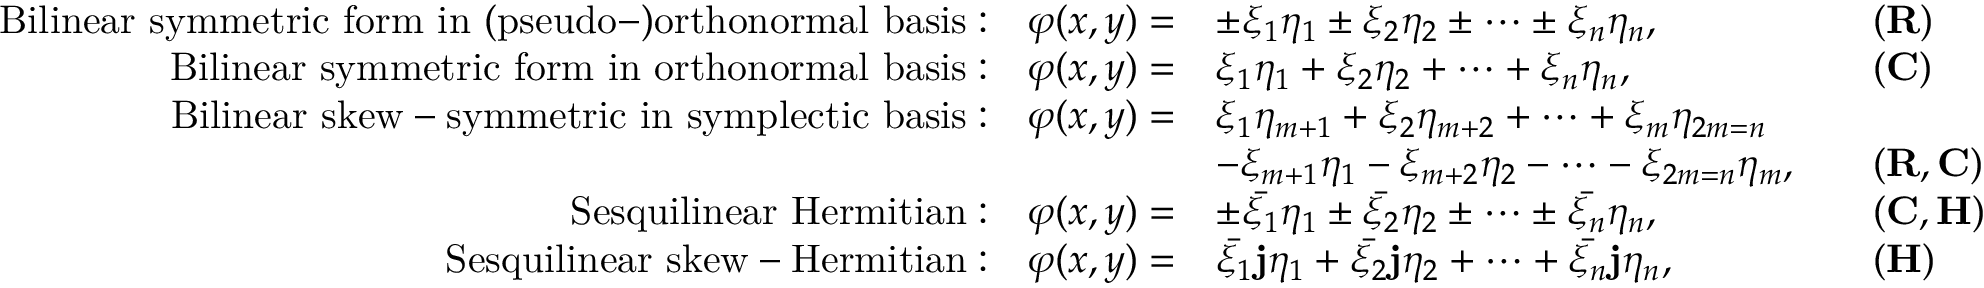
{ \begin{array} { r l r l } { { \mathrm { B i l i n e a r ~ s y m m e t r i c ~ f o r m ~ i n ~ ( p s e u d o - ) o r t h o n o r m a l ~ b a s i s : } } \quad \varphi ( x , y ) = } & { { \pm } \xi _ { 1 } \eta _ { 1 } \pm \xi _ { 2 } \eta _ { 2 } \pm \cdots \pm \xi _ { n } \eta _ { n } , } & & { ( \mathbf { R } ) } \\ { { \mathrm { B i l i n e a r ~ s y m m e t r i c ~ f o r m ~ i n ~ o r t h o n o r m a l ~ b a s i s : } } \quad \varphi ( x , y ) = } & { \xi _ { 1 } \eta _ { 1 } + \xi _ { 2 } \eta _ { 2 } + \cdots + \xi _ { n } \eta _ { n } , } & & { ( \mathbf { C } ) } \\ { { \mathrm { B i l i n e a r ~ s k e w - s y m m e t r i c ~ i n ~ s y m p l e c t i c ~ b a s i s : } } \quad \varphi ( x , y ) = } & { \xi _ { 1 } \eta _ { m + 1 } + \xi _ { 2 } \eta _ { m + 2 } + \cdots + \xi _ { m } \eta _ { 2 m = n } } \\ & { - \xi _ { m + 1 } \eta _ { 1 } - \xi _ { m + 2 } \eta _ { 2 } - \cdots - \xi _ { 2 m = n } \eta _ { m } , } & & { ( \mathbf { R } , \mathbf { C } ) } \\ { { \mathrm { S e s q u i l i n e a r ~ H e r m i t i a n : } } \quad \varphi ( x , y ) = } & { { \pm } { \bar { \xi _ { 1 } } } \eta _ { 1 } \pm { \bar { \xi _ { 2 } } } \eta _ { 2 } \pm \cdots \pm { \bar { \xi _ { n } } } \eta _ { n } , } & & { ( \mathbf { C } , \mathbf { H } ) } \\ { { \mathrm { S e s q u i l i n e a r ~ s k e w - H e r m i t i a n : } } \quad \varphi ( x , y ) = } & { { \bar { \xi _ { 1 } } } \mathbf { j } \eta _ { 1 } + { \bar { \xi _ { 2 } } } \mathbf { j } \eta _ { 2 } + \cdots + { \bar { \xi _ { n } } } \mathbf { j } \eta _ { n } , } & & { ( \mathbf { H } ) } \end{array} }